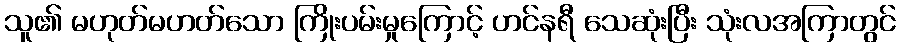
သူ၏ မဟုတ်မဟတ်သော ကြိုးပမ်းမှုကြောင့် ဟင်နရီ သေဆုံးပြီး သုံးလအကြာတွင်